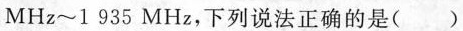
MHz~1935MHz，下列说法正确的是（ ）